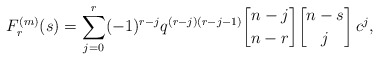
\begin{align*}F^{(m)}_r(s)=\sum_{j=0}^r(-1)^{r-j}q^{(r-j)(r-j-1)}{n-j\brack n-r}{n-s\brack j}\, c^j,\end{align*}